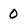
Character: 0